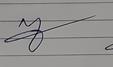
Signature authenticity: forged